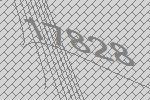
17828